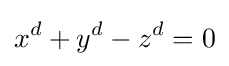
x^{d}+y^{d}-z^{d}=0